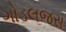
ગોડલજરા